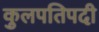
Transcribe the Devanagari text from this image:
कुलपतिपदी